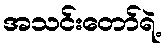
အသင်းတော်ရဲ့